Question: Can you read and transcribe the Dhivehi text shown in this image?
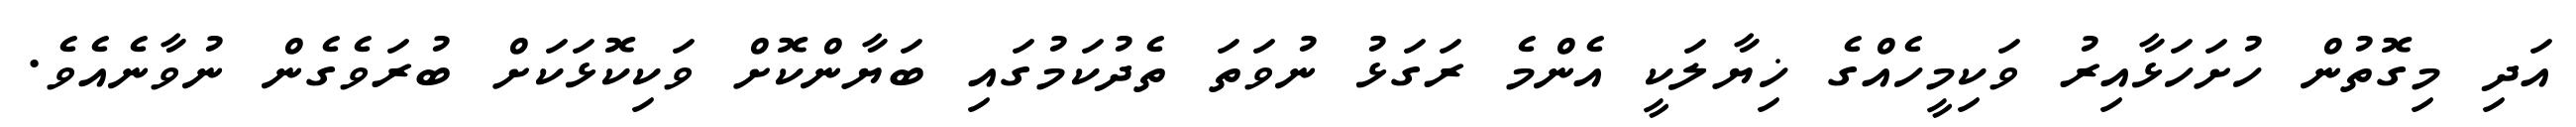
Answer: އަދި މިގޮތުން ހުށަހަޅާއިރު ވަކިމީހެއްގެ ޚިޔާލަކީ އެންމެ ރަގަޅު ނުވަތަ ތެދުކަމުގައި ބަޔާންކޮށް ވަކިކޮޅަކަށް ބުރަވެގެން ނުވާނެއެވެ.